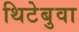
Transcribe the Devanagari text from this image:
थिटेबुवा